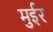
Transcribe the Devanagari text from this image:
मुईर